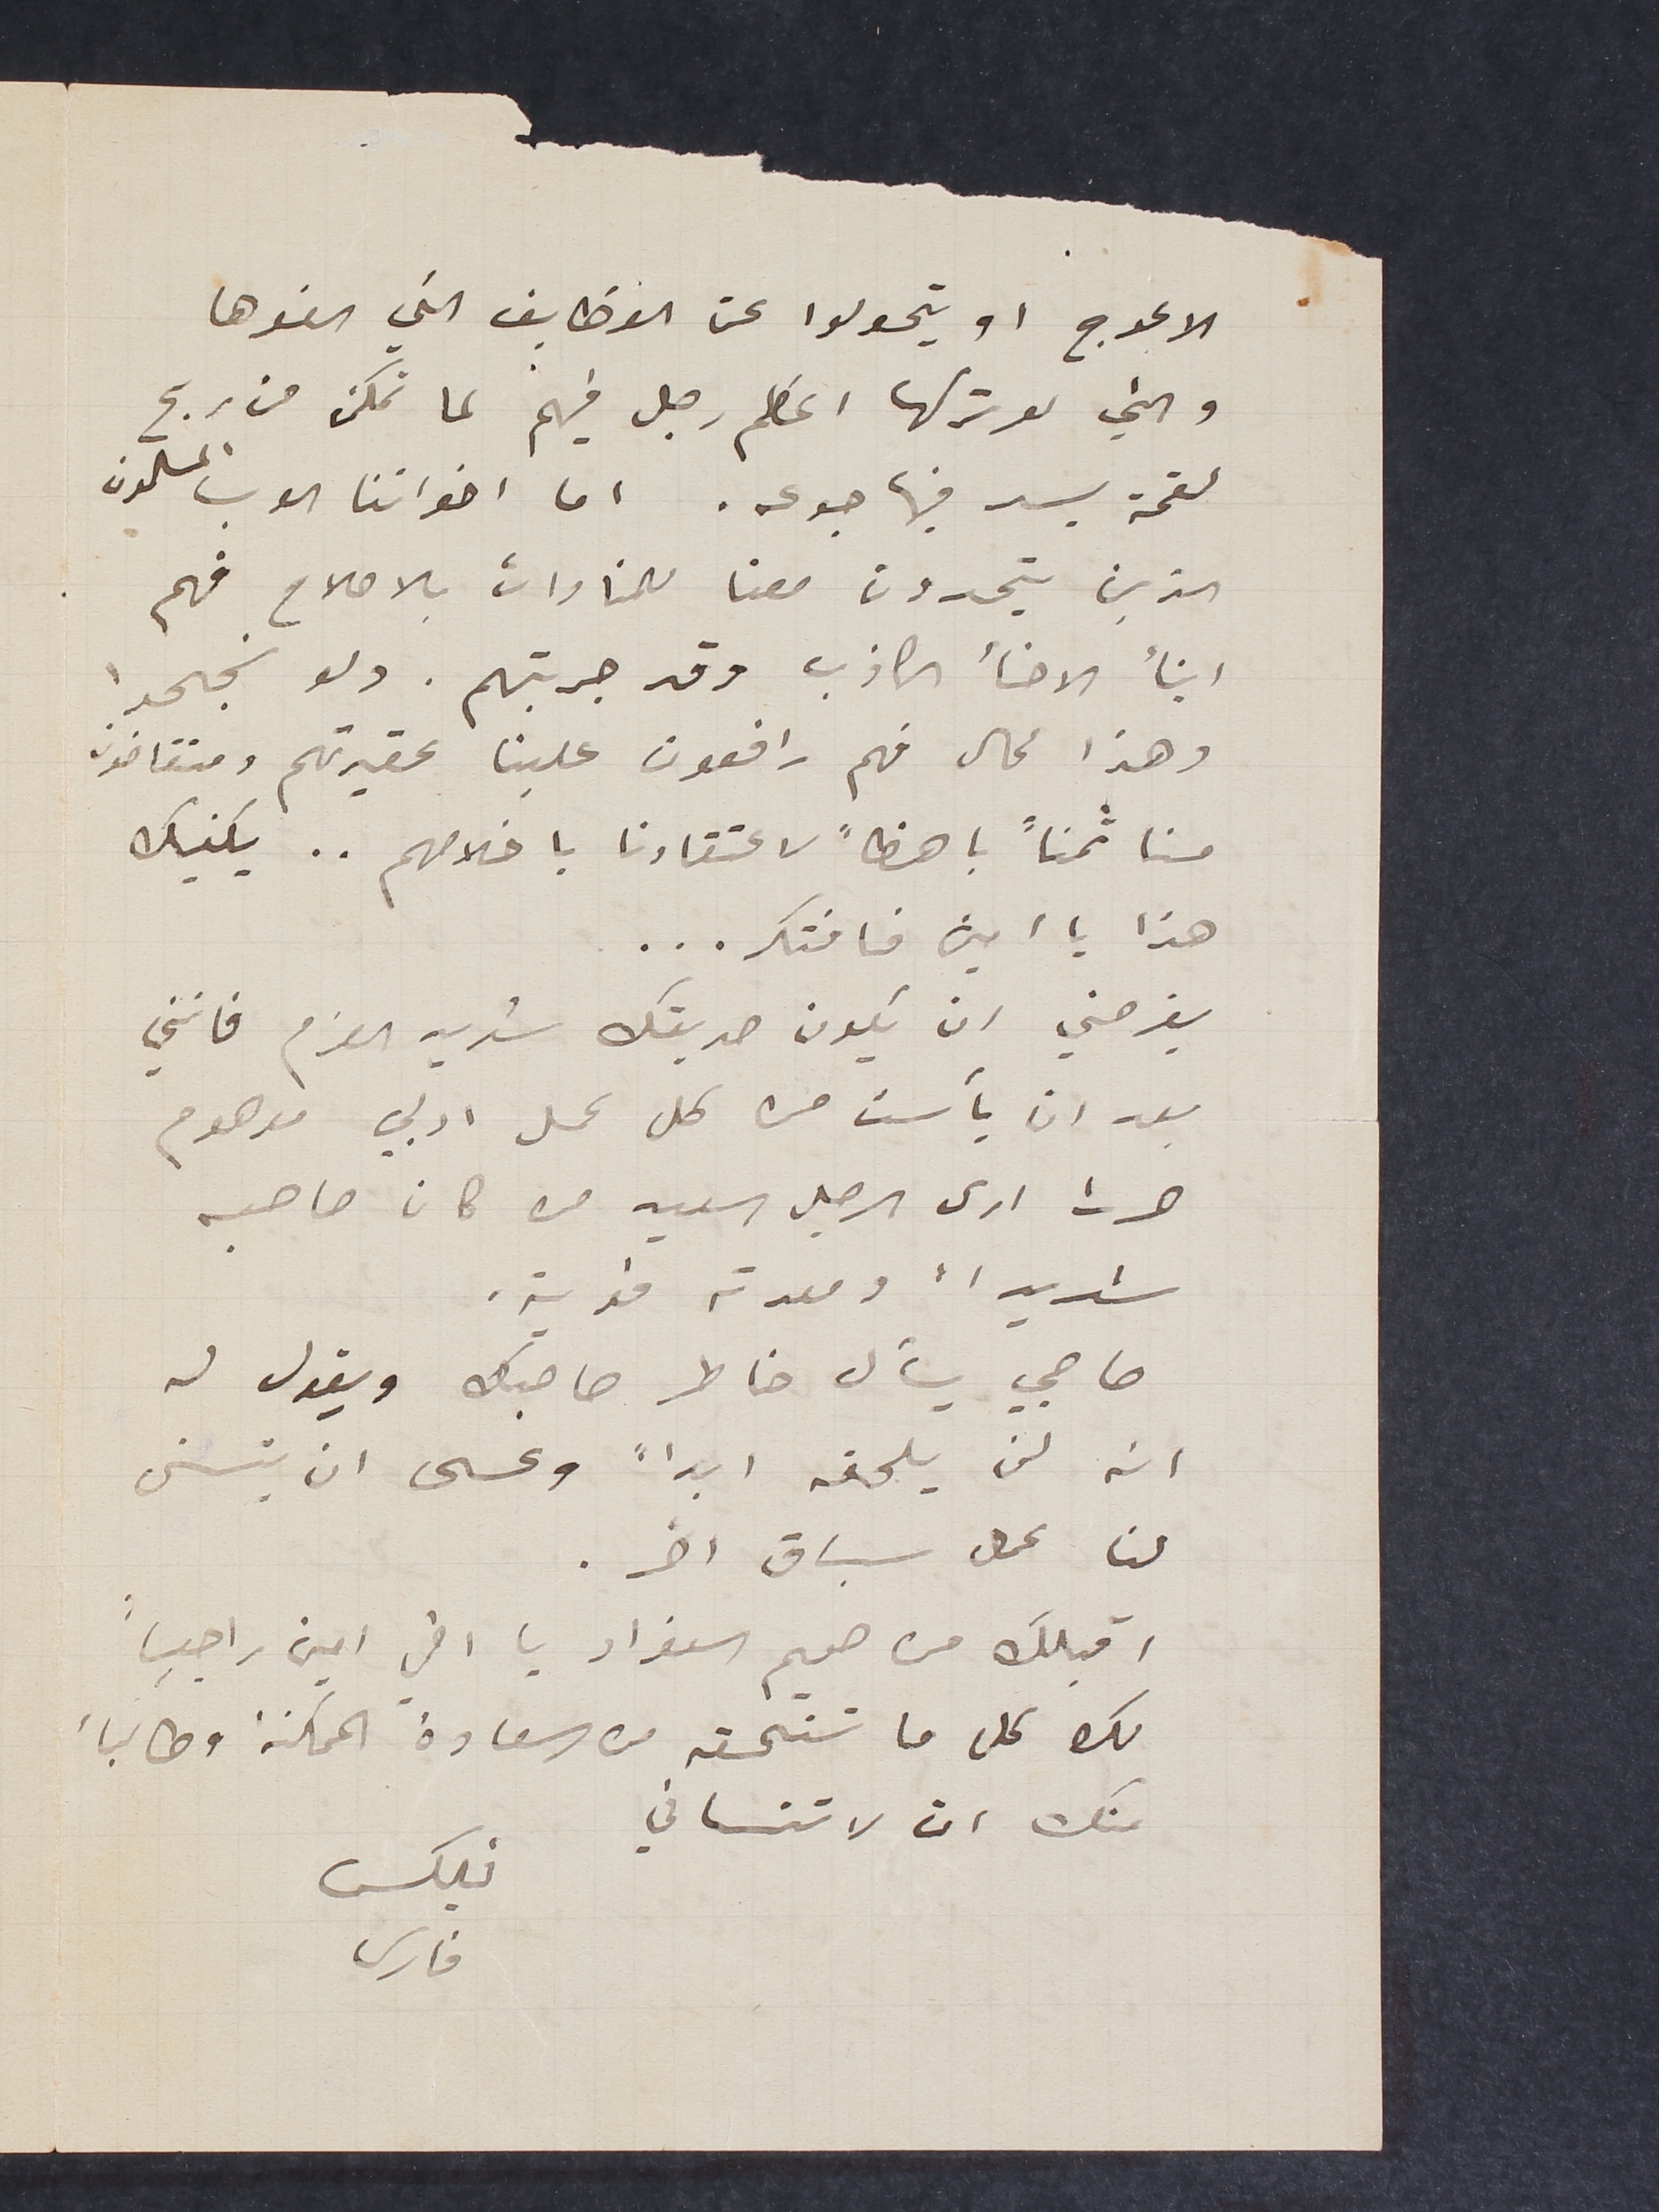
الاعوج او يتحولوا عن الوظايف التي الفوها

والتي لو تركها اعظم رجل فيهم لما تمكن من ربح
لقمة يسد فيها جوعه. اما اخواننا العرب المسلمون
الذين يتحدون معنا للمنادات بالاصلاح فهم
ابنأ الاخأ الكاذب وقد جربتهم. ولو نجحوا
وهذا محال فهم رافعون علينا عقيدتهم ومتقاضون
منا ثمناً باهظاً لاعتقادنا باخلاصهم.. يكفيك
هذا يا امين فافتكر...
يفرحني ان يكون صديقك شديد العزم فانني
بعد ان يأست من كل عمل ادبي موهوم
صرت ارى الرجل سعيد من كان صاحبه
شديداً ومعدته قوية.
صاحبي يسأل خاطر صاحبك ويقول له
انه لن يلحقه ابداً وعسى ان يتسنى
لنا عمل سباق اخر.
اقبلك من صميم الفواد يا اخي امين راجياً
لك كل ما تستحقه من السعادة الممكنة وطالباً
منك ان لا تنساني
فليكس
فارس